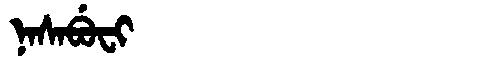
Manchu: ᠨᠠᠰᠠᠪᡠᠸᡳ
Romanization: NASABUFI